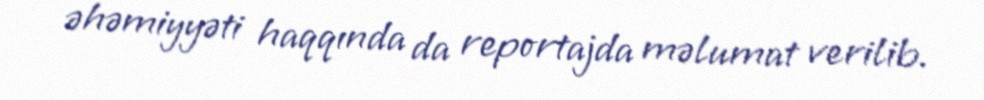
əhəmiyyəti haqqında da reportajda məlumat verilib.